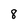
Character: 8